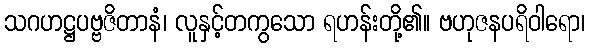
သဂဟဋ္ဌပဗ္ဗဇိတာနံ၊ လူနှင့်တကွသော ရဟန်းတို့၏။ ဗဟုဇနပရိဝါရော၊